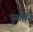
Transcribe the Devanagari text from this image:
पुसोनि